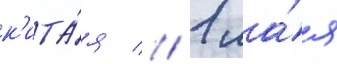
к'ита́я // 1 ма́я